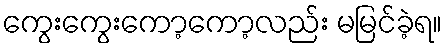
ကွေးကွေးကော့ကော့လည်း မမြင်ခဲ့ရ။